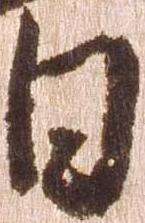
日